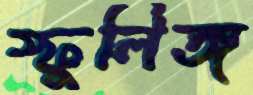
স্ফুলিঙ্গ